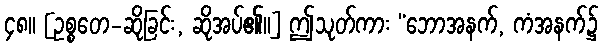
၄၈။ [ဥစ္စတေ-ဆိုခြင်း, ဆိုအပ်၏။] ဤသုတ်ကား “ဘောအနက်, ကံအနက်၌